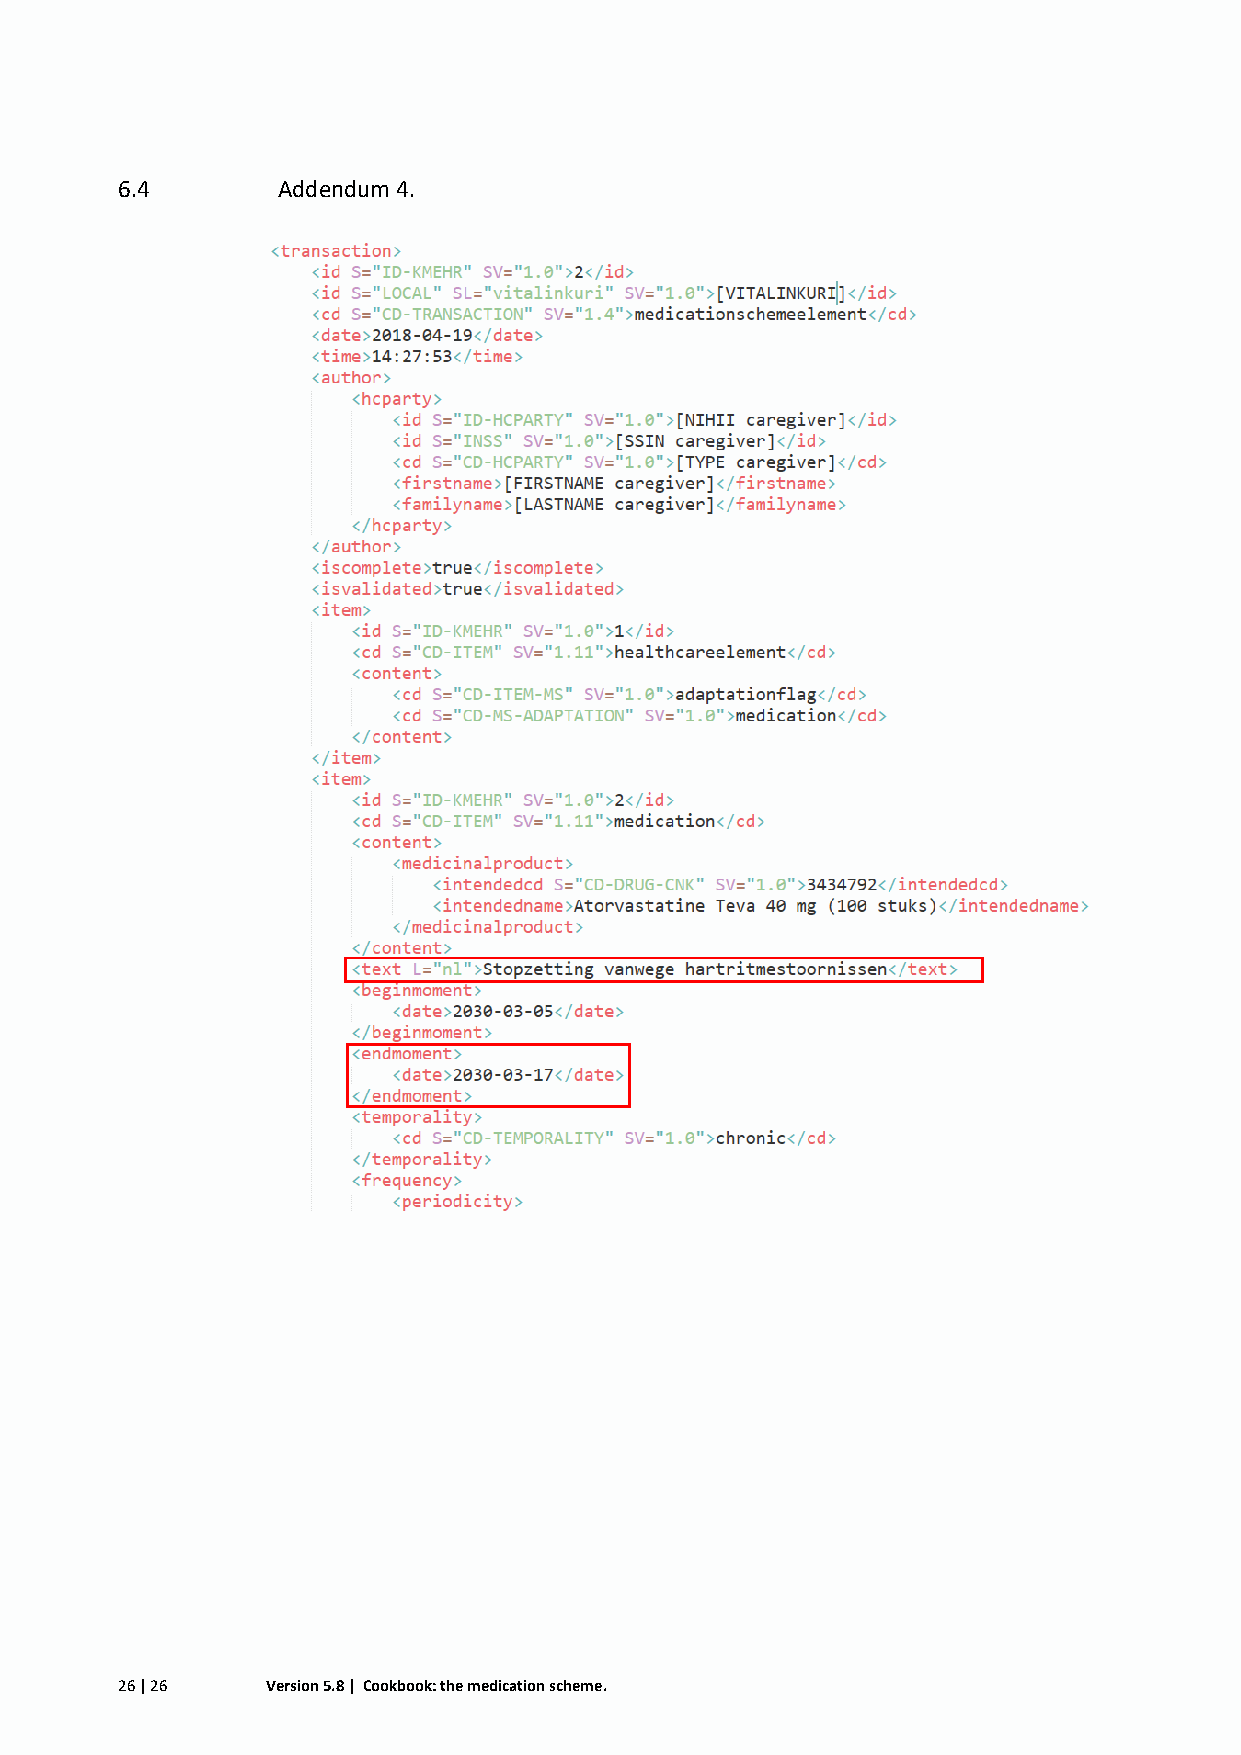
6.4       Addendum 4.
 26 | 26   Version 5.8 | Cookbook: the medication scheme.